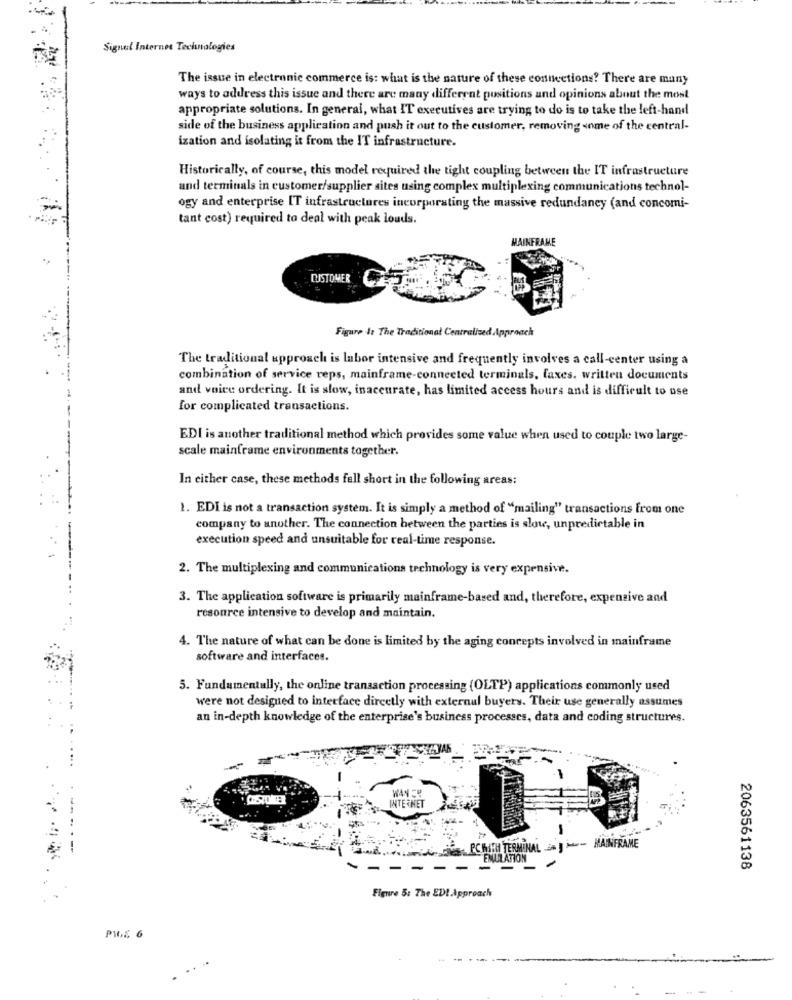
Signal Internet Technologies
The issue in electronic commerce is: what is the nature of these connections? There are many
ways to address this issue and there are many different positions and opinions about the most
appropriate solutions. In general, what IT executives are trying to do is to take the left-hand
side of the business application and push it out to the customer, removing some of the central-
ization and isolating it from the I'T infrastructure.
Historically, of course, this model required the tight coupling between the IT infrastructure
and terminals in customer/supplier sites using complex multiplexing communications technol-
ogy and enterprise IT infrastructures incorporating the massive redundancy (and concomi-
tant cost) required to deal with peak louds.
MAINFRAME
CUSTOMER
Figure &: The Traditional Centralized Approach
The traditional upprosch is labor intensive and frequently involves a call-center using a
combination of service reps, mainframe-connected terminals, faxes. written documents
and voice ordering. It is slow, inaccurate, has limited access hours and is difficult to use
for complicated transactions.
EDI is another traditional method which provides some value when used to couple two large-
scale mainframe environments together.
In either case, these methods fell short in the following areas:
1. EDI is not a transaction system. It is simply a method of "mailing" transactions from one
company to another. The connection between the parties is slow, unpredictable in
execution speed and unsuitable for real-time response.
2. The multiplexing and communications technology is very expensive.
3. The application software is primarily mainframe-based and, therefore, expensive and
resource intensive to develop and maintain.
4. The nature of what can be done is limited by the aging concepts involved in mainframe
software and interfaces.
5. Fundamentally, the online transaction processing (OLTP) applications commonly used
were not designed to interface directly with external buyers. Their use generally assumes
an in-depth knowledge of the enterprise's business processes, data and coding structures.
COOPChil TERMINAL - MAINFRAME
EMULATION
2063561138
Figure 5: The ED! Approach
PIE 6
...
. .
---